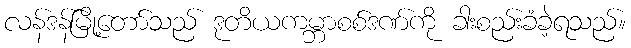
လန်ဒန်မြို့တော်သည် ဒုတိယကမ္ဘာစစ်ဒဏ်ကို ခါးစည်းခံခဲ့ရသည်။